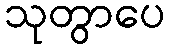
သုတွာပေ